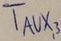
Text: TAUX,3